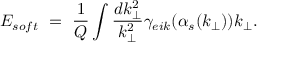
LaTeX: E _ { s o f t } ~ = ~ { \frac { 1 } { Q } } \int { \frac { d k _ { \perp } ^ { 2 } } { k _ { \perp } ^ { 2 } } } \gamma _ { e i k } ( \alpha _ { s } ( k _ { \perp } ) ) k _ { \perp } .